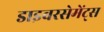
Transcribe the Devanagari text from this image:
डाइवरसेमेंट्स